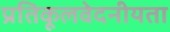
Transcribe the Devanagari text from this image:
प्रतिकूलवेदनीयता